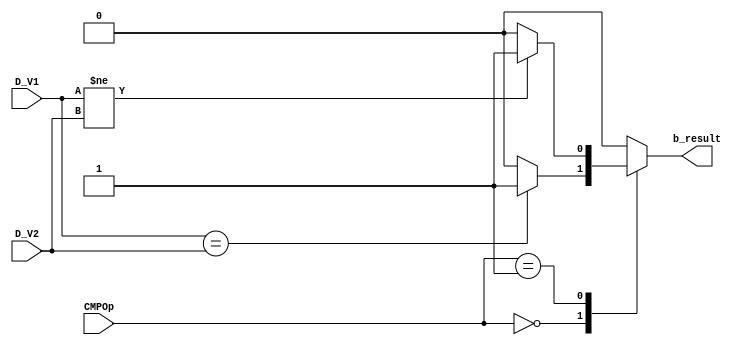
`timescale 1ns / 1ps
//////////////////////////////////////////////////////////////////////////////////
// Company: 
// Engineer: 
// 
// Design Name: 
// Module Name:    CMP 
// Project Name: 
// Target Devices: 
// Tool versions: 
// Description: 
//
// Dependencies: 
//
// Revision: 
// Revision 0.01 - File Created
// Additional Comments: 
//
//////////////////////////////////////////////////////////////////////////////////
// B class compare
module CMP(
input wire [31:0] D_V1,
input wire [31:0] D_V2,
input wire [2:0] CMPOp,  // beq firstly other instructions are waiting to be added
output reg b_result
    );
localparam beq = 3'b000;
localparam bne = 3'b001;
always@(*)begin
	case(CMPOp)
	beq : b_result = (D_V1 == D_V2) ? 1'b1 : 1'b0; 
	bne : b_result = (D_V1 != D_V2) ? 1'b1 : 1'b0;
	default : b_result = 1'b0;
	endcase
end
endmodule